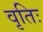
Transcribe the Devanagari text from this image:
वृतिः